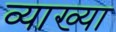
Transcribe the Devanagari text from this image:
व्याख्या